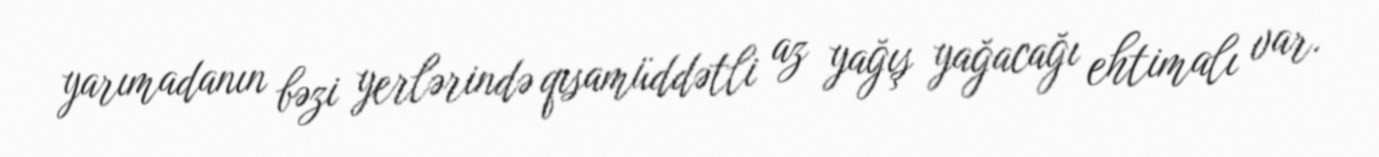
yarımadanın bəzi yerlərində qısamüddətli az yağış yağacağı ehtimalı var.